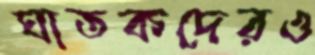
ঘাতকদেরও